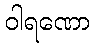
ဝါရဏော